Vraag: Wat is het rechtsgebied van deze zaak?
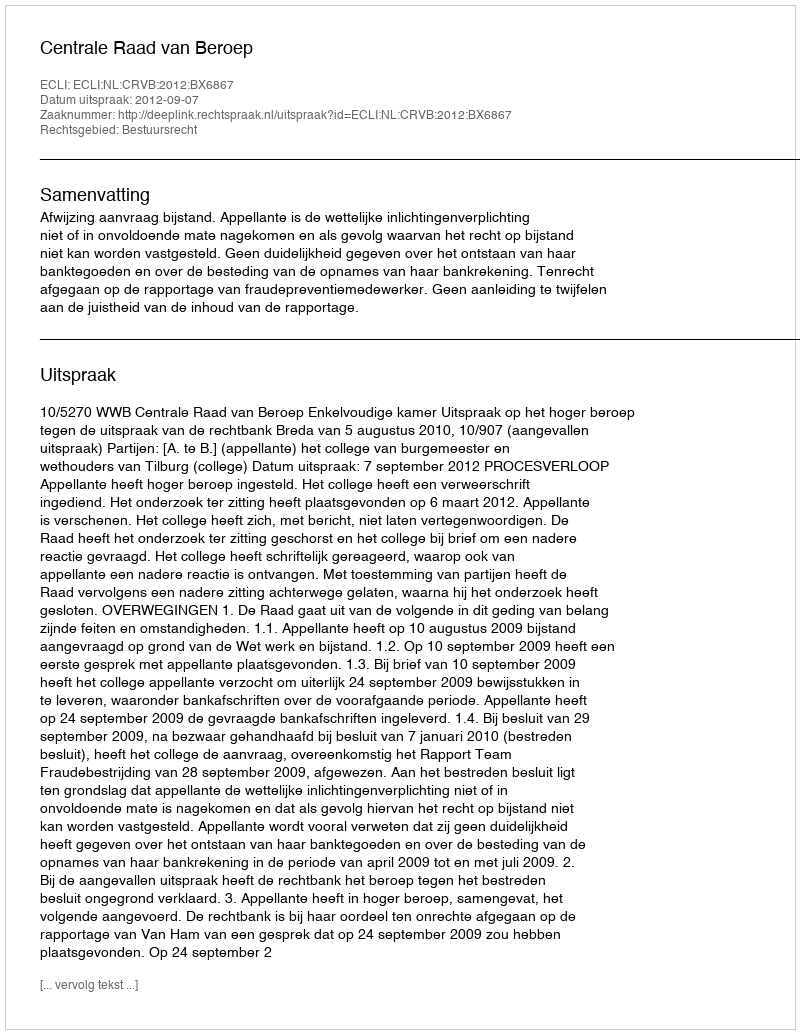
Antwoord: Bestuursrecht